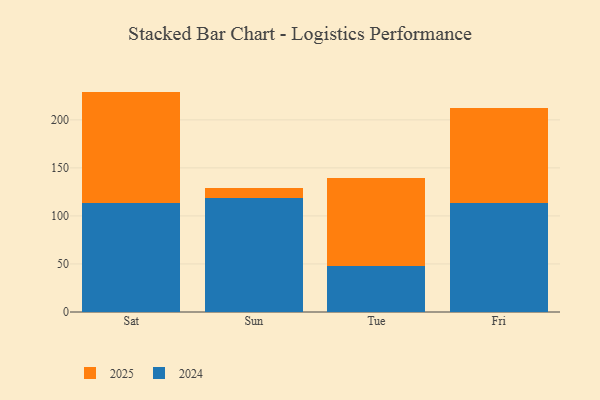
{"axis": {"x": "Day", "y": "Temperature (°C)"}, "legend": ["2024", "2025"], "data": [{"x": "Sat", "y": 113.1, "type": "2024"}, {"x": "Sat", "y": 116.3, "type": "2025"}, {"x": "Sun", "y": 119.1, "type": "2024"}, {"x": "Sun", "y": 9.5, "type": "2025"}, {"x": "Tue", "y": 47.8, "type": "2024"}, {"x": "Tue", "y": 91.3, "type": "2025"}, {"x": "Fri", "y": 113.3, "type": "2024"}, {"x": "Fri", "y": 99.4, "type": "2025"}]}